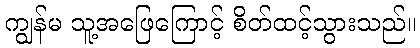
ကျွန်မ သူ့အဖြေကြောင့် စိတ်ထင့်သွားသည်။